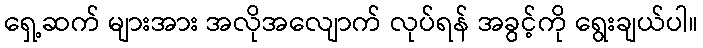
ရှေ့ဆက် များအား အလိုအလျောက် လုပ်ရန် အခွင့်ကို ရွေးချယ်ပါ။